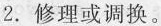
2.修理或调换。